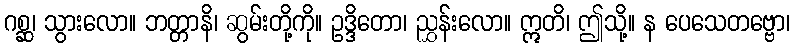
ဂစ္ဆ၊ သွားလော။ ဘတ္တာနိ၊ ဆွမ်းတို့ကို။ ဥဒ္ဒိတော၊ ညွှန်းလော။ ဣတိ၊ ဤသို့။ န ပေသေတဗ္ဗော၊